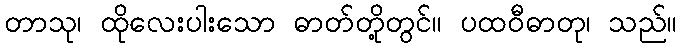
တာသု၊ ထိုလေးပါးသော ဓာတ်တို့တွင်။ ပထဝီဓာတု၊ သည်။